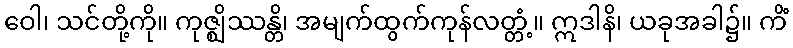
ဝေါ၊ သင်တို့ကို။ ကုဇ္ဈိဿန္တိ၊ အမျက်ထွက်ကုန်လတ္တံ့။ ဣဒါနိ၊ ယခုအခါ၌။ ကိံ